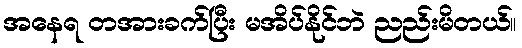
အနေရ တအားခက်ပြီး မအိပ်နိုင်ဘဲ ညည်းမိတယ်။